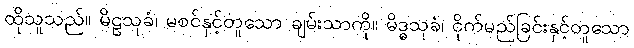
ထိုသူသည်။ မိဠသုခံ၊ မစင်နှင့်တူသော ချမ်းသာကို။ မိဒ္ဓသုခံ၊ ငိုက်မည်ခြင်းနှင့်တူသော